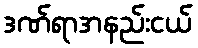
ဒဏ်ရာအနည်းငယ်